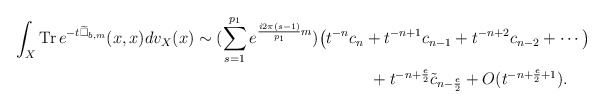
\begin{align*} \int_X\mathrm{Tr}\,e^{-t\widetilde\Box_{b,m}}(x,x)dv_X(x)\sim (\sum\limits^{p_1}_{s=1}e^{\frac{i2\pi(s-1)}{p_1}m})\big(t^{-n}c_{n}&+t^{-n+1}c_{n-1}+t^{-n+2}c_{n-2}+\cdots\big)\\&\,\, +t^{-n+\frac{e}{2}}\tilde c_{n-\frac{e}{2}}+O(t^{-n+\frac{e}{2}+1}). \end{align*}